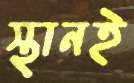
স্থানই